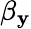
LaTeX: \beta_{\mathbf{y}}